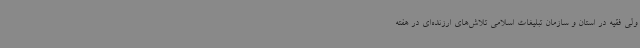
ولی فقیه در استان و سازمان تبلیغات اسلامی تلاش‌های ارزنده‌ای در هفته